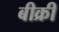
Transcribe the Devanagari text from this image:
बीक्री